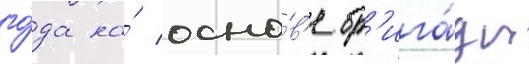
го́да на́ осно́в'е бр'ига́ды